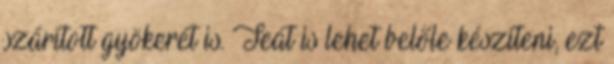
szárított gyökerét is. Teát is lehet belőle készíteni, ezt